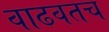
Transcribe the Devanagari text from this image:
वाढवतच